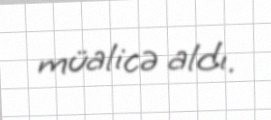
müalicə aldı.